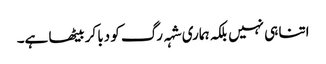
اتنا ہی نہیں بلکہ ہماری شہہ رگ کو دبا کر بیٹھا ہے۔